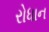
રોધાન